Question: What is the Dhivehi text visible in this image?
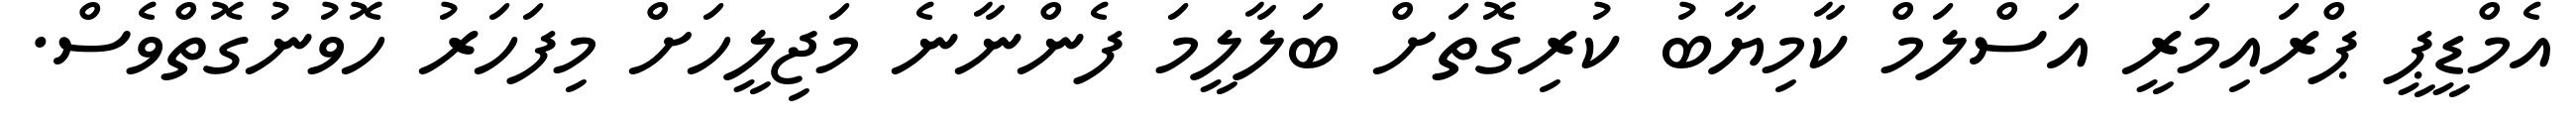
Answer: އެމްޑީޕީ ޕްރައިމަރީ އަސްލަމް ކާމިޔާބު ކުރިގޮތަށް ބަލާލީމަ ފެންނާނެ މަޖިލީހަށް މިފަހަރު ހޮވުނުގޮތްވެސް.